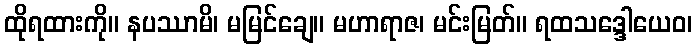
ထိုရထားကို။ နပဿာမိ၊ မမြင်ချေ။ မဟာရာဇ၊ မင်းမြတ်။ ရထသဒ္ဒေါယေဝ၊